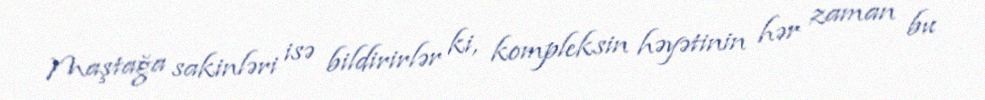
Maştağa sakinləri isə bildirirlər ki, kompleksin həyətinin hər zaman bu